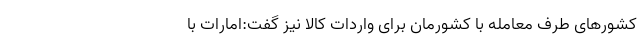
کشورهای طرف معامله با کشورمان برای واردات کالا نیز گفت:امارات با